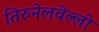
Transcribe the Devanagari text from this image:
तिरुनेलवेल्ली